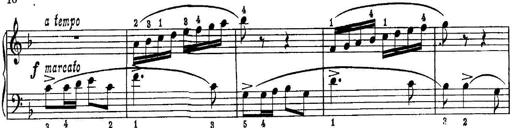
Title: Quatres sonatines
Composer: Tadeusz Joteyko